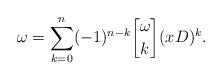
LaTeX: \begin{align*} \omega=\sum_{k=0}^n (-1)^{n-k}{{\omega}\brack k} (xD)^{k}.\end{align*}